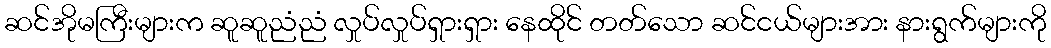
ဆင်အိုမကြီးများက ဆူဆူညံညံ လှုပ်လှုပ်ရှားရှား နေထိုင် တတ်သော ဆင်ငယ်များအား နားရွက်များကို